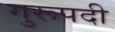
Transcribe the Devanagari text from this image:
गुरूपदी